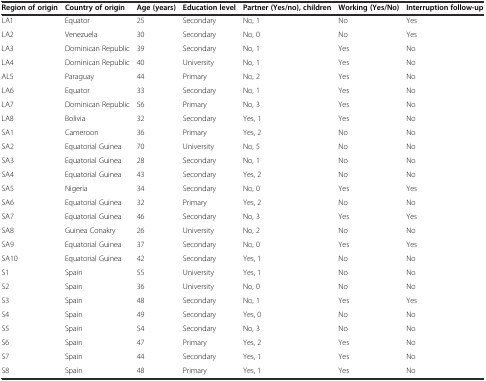
| Region of origin | Country of origin | Age (years) | Education level | Partner (Yes/no), children | Working (Yes/No) | Interruption follow-up |
 | --- | --- | --- | --- | --- | --- | --- |
 | LA1 | Equator | 25 | Secondary | No, 1 | No | Yes |
 | LA2 | Venezuela | 30 | Secondary | No, 0 | No | Yes |
 | LA3 | Dominican Republic | 39 | Secondary | No, 1 | Yes | No |
 | LA4 | Dominican Republic | 40 | University | No, 1 | Yes | No |
 | AL5 | Paraguay | 44 | Primary | No, 2 | Yes | No |
 | LA6 | Equator | 33 | Secondary | No, 1 | Yes | No |
 | LA7 | Dominican Republic | 56 | Primary | No, 3 | Yes | No |
 | LA8 | Bolivia | 32 | Secondary | Yes, 1 | Yes | No |
 | SA1 | Cameroon | 36 | Primary | Yes, 2 | No | No |
 | SA2 | Equatorial Guinea | 70 | University | No, 5 | No | No |
 | SA3 | Equatorial Guinea | 28 | Secondary | No, 1 | No | No |
 | SA4 | Equatorial Guinea | 43 | Secondary | Yes, 2 | No | No |
 | SA5 | Nigeria | 34 | Secondary | No, 0 | Yes | Yes |
 | SA6 | Equatorial Guinea | 32 | Primary | Yes, 2 | No | No |
 | SA7 | Equatorial Guinea | 46 | Secondary | No, 3 | Yes | Yes |
 | SA8 | Guinea Conakry | 26 | University | No, 2 | No | No |
 | SA9 | Equatorial Guinea | 37 | Secondary | No, 0 | Yes | Yes |
 | SA10 | Equatorial Guinea | 42 | Secondary | Yes, 1 | No | No |
 | S1 | Spain | 55 | University | Yes, 1 | No | No |
 | S2 | Spain | 36 | University | No, 0 | No | No |
 | S3 | Spain | 48 | Secondary | No, 1 | Yes | Yes |
 | S4 | Spain | 49 | Secondary | Yes, 0 | No | No |
 | S5 | Spain | 54 | Secondary | No, 3 | No | No |
 | S6 | Spain | 47 | Primary | Yes, 2 | Yes | No |
 | S7 | Spain | 44 | Secondary | Yes, 1 | Yes | No |
 | S8 | Spain | 48 | Primary | Yes, 1 | Yes | No |